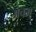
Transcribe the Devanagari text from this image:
अंचम